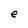
Character: e